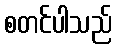
စတင်ပါသည်